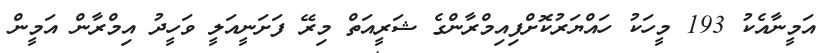
އަމީނާއެކު 193 މީހަކު ހައްޔަރުކޮށްފިއިމްރާންގެ ޝަރީއަތް މިރޭ ފަށަނީއަލީ ވަހީދު އިމްރާން އަމީން